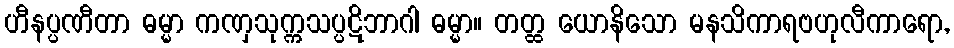
ဟီနပ္ပဏီတာ ဓမ္မာ ကဏှသုက္ကသပ္ပဋိဘာဂါ ဓမ္မာ။ တတ္ထ ယောနိသော မနသိကာရဗဟုလီကာရော,